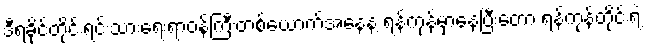
ဒီရခိုင်တိုင်းရင်းသားရေးရာဝန်ကြီးတစ်ယောက်အနေနဲ့ ရန်ကုန်မှာနေပြီးတော့ ရန်ကုန်တိုင်းရဲ့